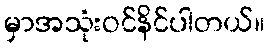
မှာအသုံးဝင်နိင်ပါတယ်။